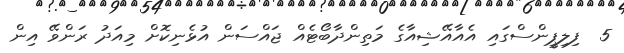
5  ފިލިޕީންސްގައި އެއާއޭޝިއާގެ މަތިންދާބޯޓެއް ޖައްސަން އުޅެނިކޮށް މިއަދު ރަންވޭ އިން